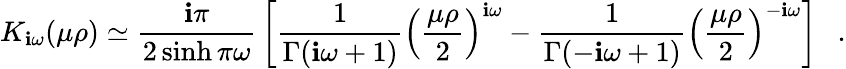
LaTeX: K_{\mathbf{i}\omega}(\mu\rho)\simeq{\frac{{\mathbf{i}\pi}}{{2\sinh\pi\omega}}}\left[{\frac{{1}}{{\Gamma(\mathbf{i}\omega+1)}}}\left({\frac{{\mu\rho}}{{2}}}\right)^{\mathbf{i}\omega}-{\frac{{1}}{{\Gamma(-\mathbf{i}\omega+1)}}}\left({\frac{{\mu\rho}}{{2}}}\right)^{-\mathbf{i}\omega}\right]~~~.